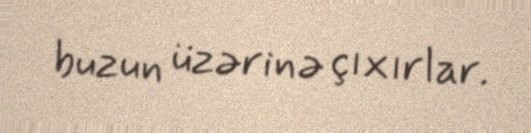
buzun üzərinə çıxırlar.